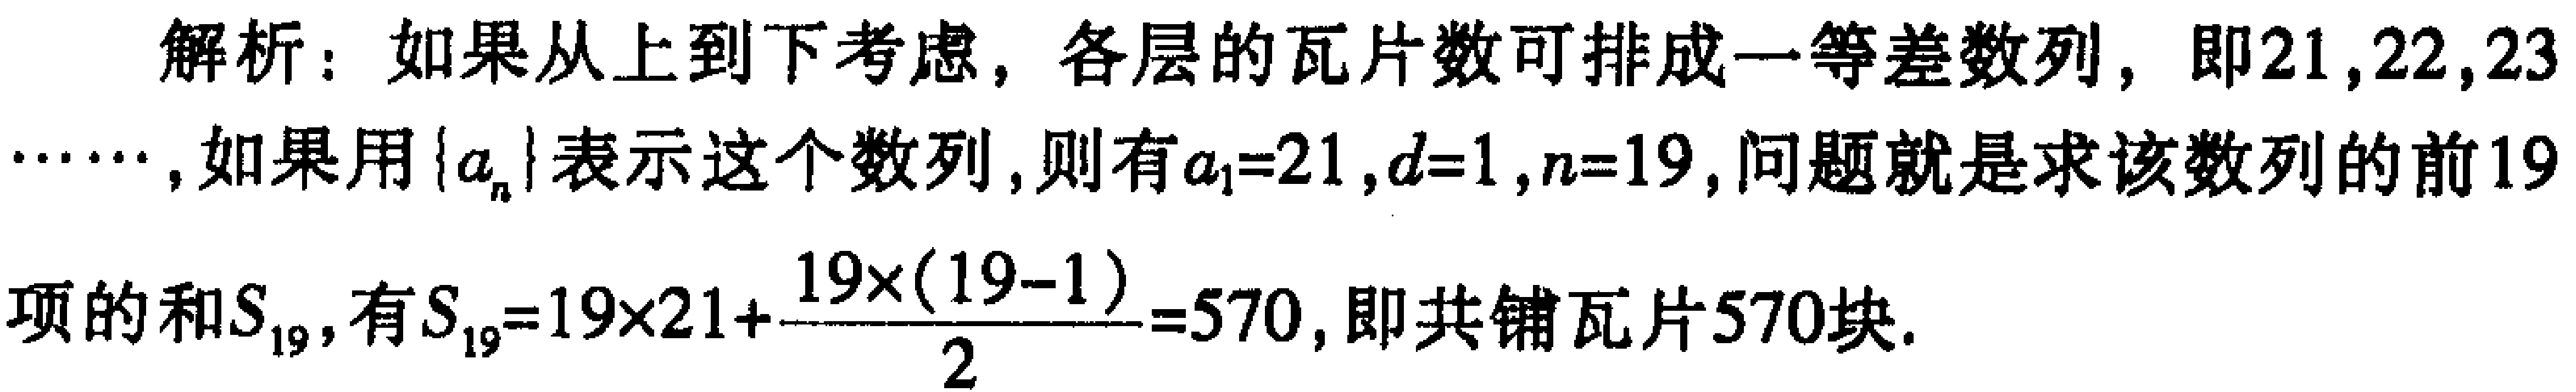
解析：如果从上到下考虑，各层的瓦片数可排成一等差数列，即\(21,22,23\cdots\cdots\)，如果用\(\{a_{n}\}\)表示这个数列，则有\(a_{1}=21\)，\(d = 1\)，\(n = 19\)，问题就是求该数列的前\(19\)项的和\(S_{19}\)，有\(S_{19}=19\times21+\frac{19\times(19 - 1)}{2}=570\)，即共铺瓦片\(570\)块。